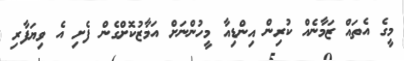
މީގެ އެތައް ޒަމާނެއް ކުރިން އިންޑިއާ މީހުންނަށް އަމާޒުކޮށްގެން ފެށި އެ ވިޔަފާރި